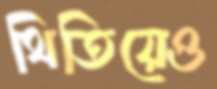
থিতিয়েও